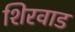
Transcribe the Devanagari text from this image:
शिरवाड